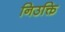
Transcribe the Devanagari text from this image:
निउक्ति